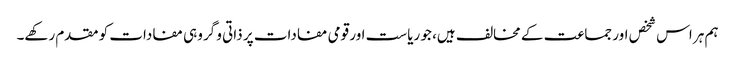
ہم ہر اس شخص اور جماعت کے مخالف ہیں، جو ریاست اور قومی مفادات پر ذاتی و گروہی مفادات کو مقدم رکھے۔